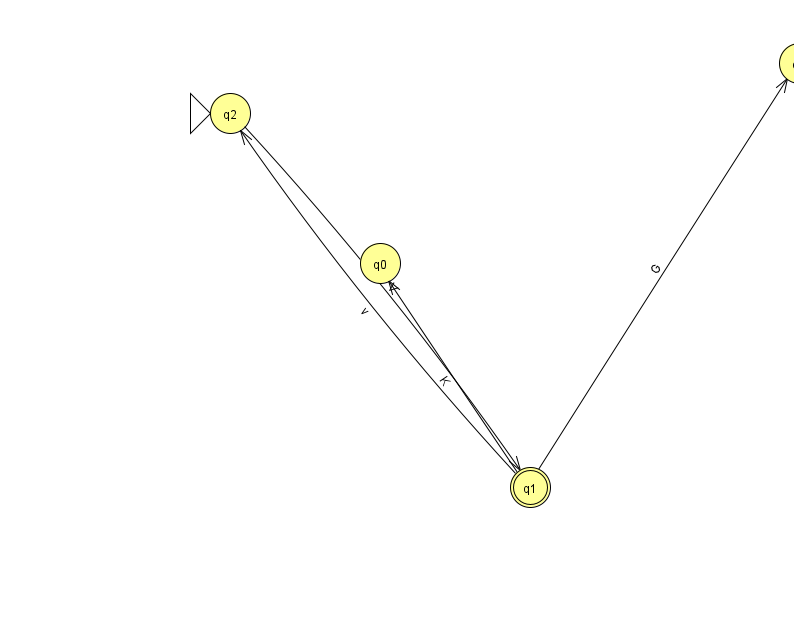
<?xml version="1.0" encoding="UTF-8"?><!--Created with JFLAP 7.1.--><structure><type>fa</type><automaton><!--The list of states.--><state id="0" name="q0"><x>380.0</x><y>250.0</y></state><state id="1" name="q1"><x>530.0</x><y>474.0</y><final/></state><state id="2" name="q2"><x>230.0</x><y>100.0</y><initial/></state><state id="3" name="q3"><x>799.0</x><y>50.0</y></state><!--The list of transitions.--><transition><from>1</from><to>2</to><read>v</read></transition><transition><from>2</from><to>1</to><read>V</read></transition><transition><from>1</from><to>0</to><read>K</read></transition><transition><from>1</from><to>3</to><read>G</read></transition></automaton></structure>